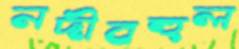
নদীবহুল